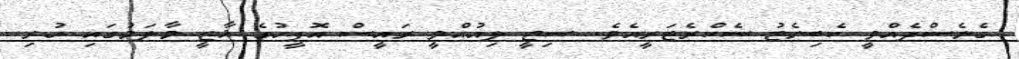
ގެނެސްދެއްވީ ކެބިނެޓު ސެކްރެޓަރީއެވެ. ސިޓީ ލިއުއްވީ ރައީސް އޮފީހުގެ ޣާޒީ މާލަމުގައި ހުރި